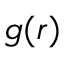
g ( \boldsymbol { r } )